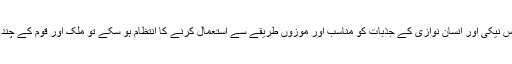
اگر کسی طریقے سے پاکستان کے مخیر حضرات اور خواتین کی اس نیکی اور انسان نوازی کے جذبات کو مناسب اور موزوں طریقے سے استعمال کرنے کا انتظام ہو سکے تو ملک اور قوم کے چند بنیادی مسائل کو حل کرنے میں بہت حد تک کامیابی ہو سکتی ہے۔